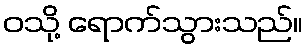
ဝသို့ ရောက်သွားသည်။